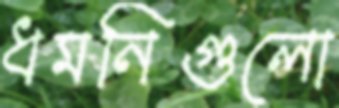
ধমনিগুলো